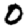
Digit: 0